Indian journal of veterinary science and animal husbandry - Volume 2,
Year: 1932
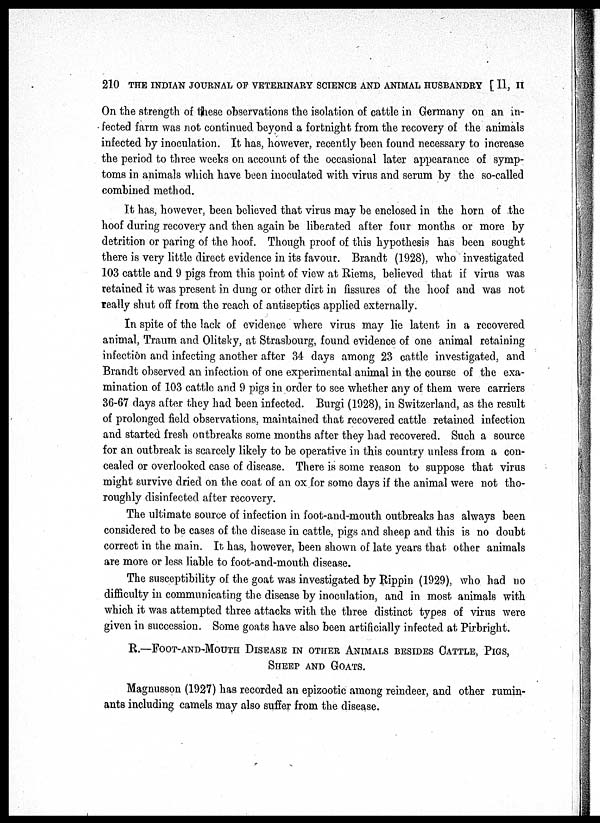
210 THE INDIAN JOURNAL OF VETERINARY SCIENCE AND ANIMAL HUSBANDRY [ II, II
On the strength of these observations the isolation of cattle in Germany on an in-
fected farm was not continued beyond a fortnight from the recovery of the animals
infected by inoculation. It has, however, recently been found necessary to increase
the period to three weeks on account of the occasional later appearance of symp-
toms in animals which have been inoculated with virus and serum by the so-called
combined method.
It has, however, been believed that virus may be enclosed in the horn of the
hoof during recovery and then again be liberated after four months or more by
detrition or paring of the hoof. Though proof of this hypothesis has been sought
there is very little direct evidence in its favour. Brandt (1928), who investigated
103 cattle and 9 pigs from this point of view at Riems, believed that if virus was
retained it was present in dung or other dirt in fissures of the hoof and was not
really shut off from the reach of antiseptics applied externally.
In spite of the lack of evidence where virus may lie latent in a recovered
animal, Traum and Olitsky, at Strasbourg, found evidence of one animal retaining
infection and infecting another after 34 days among 23 cattle investigated, and
Brandt observed an infection of one experimental animal in the course of the exa-
mination of 103 cattle and 9 pigs in order to see whether any of them were carriers
36-67 days after they had been infected. Burgi (1928), in Switzerland, as the result
of prolonged field observations, maintained that recovered cattle retained infection
and started fresh outbreaks some months after they had recovered. Such a source
for an outbreak is scarcely likely to be operative in this country unless from a con-
cealed or overlooked case of disease. There is some reason to suppose that virus
might survive dried on the coat of an ox for some days if the animal were not tho-
roughly disinfected after recovery.
The ultimate source of infection in foot-and-mouth outbreaks has always been
considered to be cases of the disease in cattle, pigs and sheep and this is no doubt
correct in the main. It has, however, been shown of late years that other animals
are more or less liable to foot-and-mouth disease.
The susceptibility of the goat was investigated by Rippin (1929), who had no
difficulty in communicating the disease by inoculation, and in most animals with
which it was attempted three attacks with the three distinct types of virus were
given in succession. Some goats have also been artificially infected at Pirbright.
R.—FOOT-AND-MOUTH DISEASE IN OTHER ANIMALS BESIDES CATTLE, PIGS,
SHEEP AND GOATS.
Magnusson (1927) has recorded an epizootic among reindeer, and other rumin-
ants including camels may also suffer from the disease.